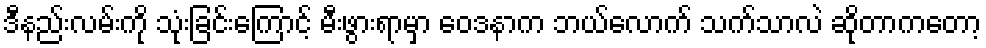
ဒီနည်းလမ်းကို သုံးခြင်းကြောင့် မီးဖွားရာမှာ ဝေဒနာက ဘယ်လောက် သက်သာလဲ ဆိုတာကတော့